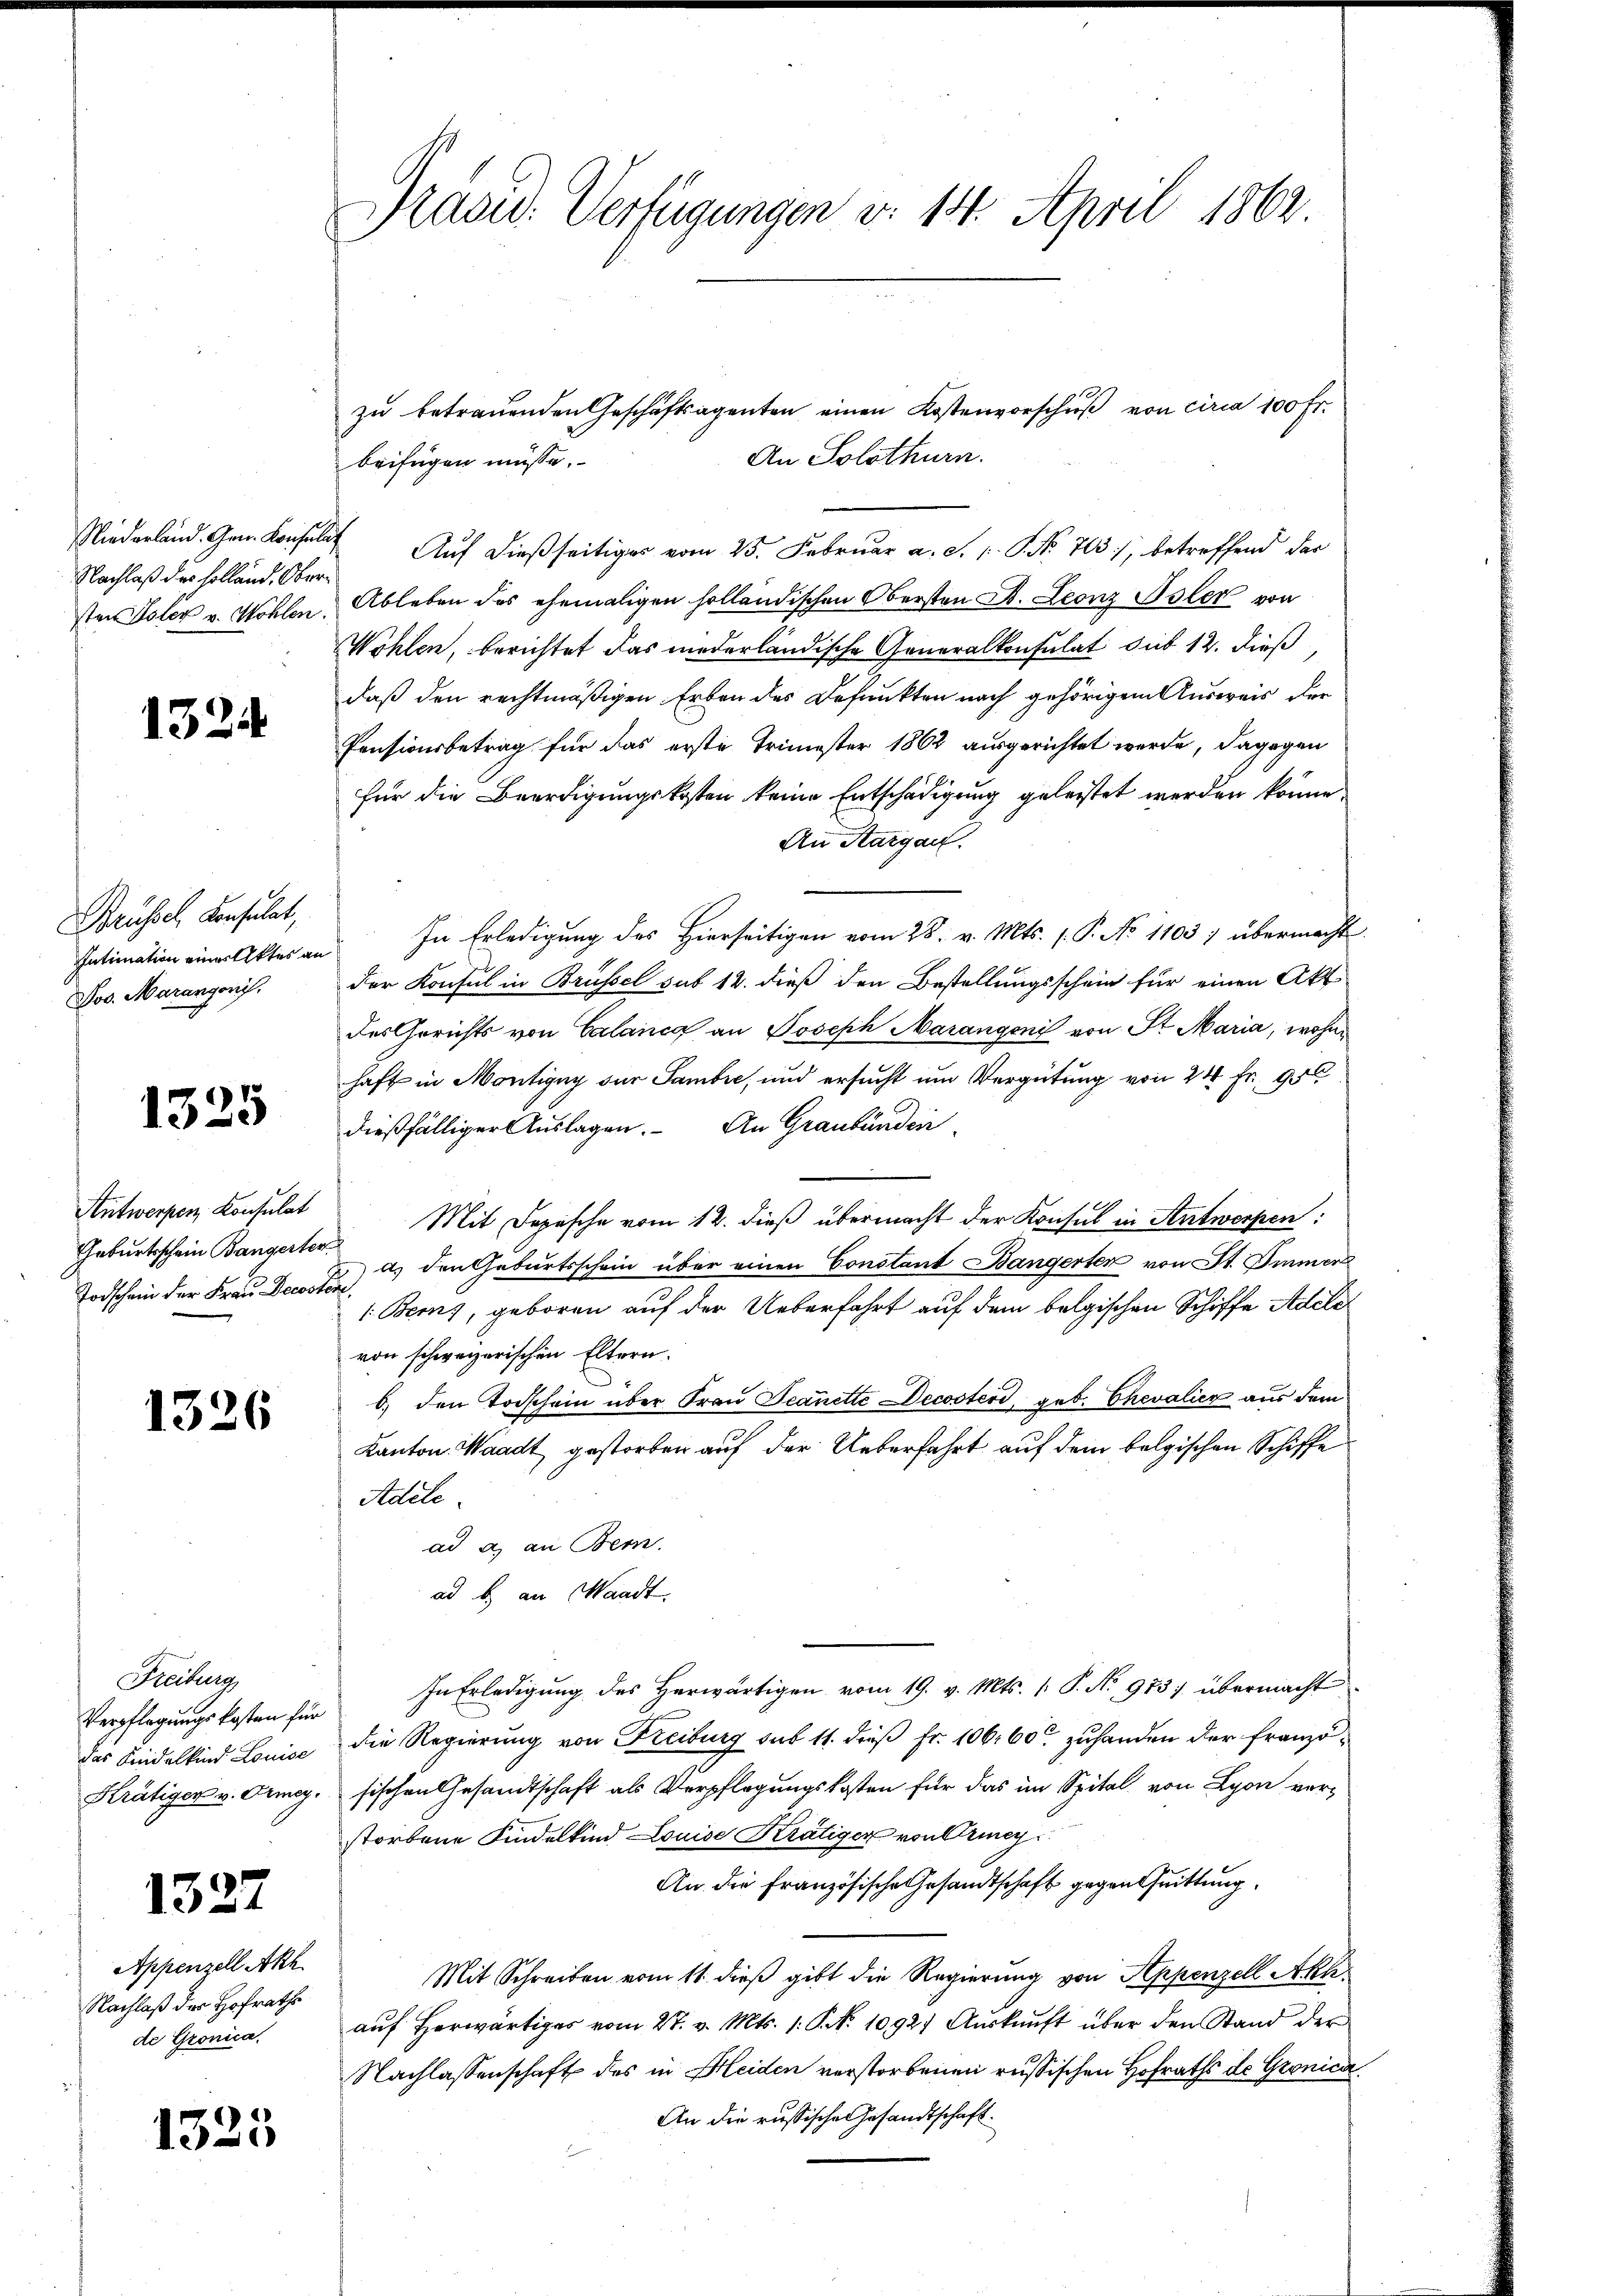
Nachlaß der Holland. Ober¬

1324

Brüssel, Konsulat,
Jos. Marangeni

1325

Antwerpen Konsulat
Geburtsschein Bangerter
Todschein der Frau Decosten

1326

Freiburg
Verpflegungskosten für
das Fidelkind Louise

1327

Appenzell Aka
Nachlaß der Hofrath
de Gronica.

1325

Präsid. Verfügungen d. 14. April 1862.

zŭ betrauenden Geschäftsagenten einen Kostenvorschŭβ von circa 100 Fr.
An Solothurn.
beifügen müsse.
Niederland. Gen. Konsuls Auf dießseitiges vom 25. Februar a. S. 1. P. Nr. 703, betreffend der
sten Toler v. Wohlen. Ableben des ehemaligen holländischen Obersten St. Leonz Isler von
Wohlen, berichtet das niederländische Generalkonsulat du 12. dieß,
daß den rechtmäßigen Erben des Befunkten nach gehörigen Ausweis der
Pensionsbetrag für das erste Trimester 1862 ausgerichtet werde, dagegen
für die Beerdigungskosten keine Entschädigung geleistet werden könne
An Margau.
Intimation einer Aktes an. In Erledigŭng des hierseitigen vom 28. v. Mts. 1. P. No 1103) übermacht
der Konsul in Brüssel sub 12. dieß den Bestellungsschein für einen Akt
des Gerichts von Calanca an Joseph Marangeni von St. Maria, wohnhaft in Montigny der Sambre, und ersucht um Vergütung von 24 Fr. 950
dießfälliger Auslagen. An Graubünden
Mit Depesche vom 12. dieß übermacht der Konsul in Antwerpen:
a.) den Geburtsschein über einen Constant Bangerten von St. Immer
1: Berns, geboren auf der Ueberfahrt auf dem belgischen Schiffe Adele
von schweizerischen Eltern.
b) den Todschein über Frau Teanette Decosterd, geb. Chevalier aus dem
Kanton Waadt gestorben auf der Ueberfahrt auf dem belgischen Schiffe
Adele
ad a) an Bern.
ad b. an Waadt.
In Erledigung des Herwärtigen vom 19. v. Mts. 1. P. Nr. 983) übermacht
die Regierung von Freiburg sub 11. dieß Fr. 106. 60 zuhanden der Franzö¬
Krätiger v. Orme. sischen Gesandtschaft als Verpflegungskosten für das im Spital von Lyon verstorbene Findelkind Louise Krätiger von Armey¬
An die französische Gesandtschaft gegentuittung.
Mit Schreiben vom 11. dieß gibt die Regierung von Appenzell Akh.
aŭf herwärtiges vom 27. v. Mts. 1. P. Nr. 1092. Aŭskŭnft über den Stand der
Nachlassenschaft des in Kleiden verstorbenen russischen Hofraths de Gronicu
An die russische Gesandtschaft.